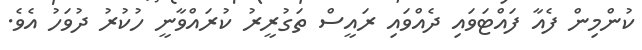
ކުންމިން ފެއާ ފައްޓަވައި ދެއްވައި ރައީސް ތަގުރީރު ކުރައްވާނީ ހުކުރު ދުވަހު އެވެ.